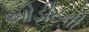
ઓડીટની